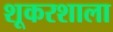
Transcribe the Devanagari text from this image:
शूकरशाला